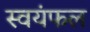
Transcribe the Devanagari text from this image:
स्वयंफल